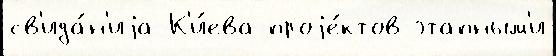
св'ида́н'иjа К'и́ева проjе́ктов этапным'и